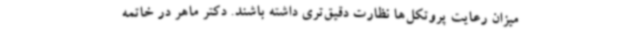
میزان رعایت پروتکل‌ها نظارت دقیق‌تری داشته باشند. دکتر ماهر در خاتمه